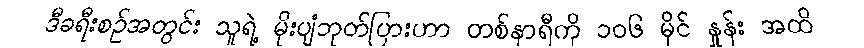
ဒီခရီးစဉ်အတွင်း သူရဲ့ မိုးပျံဘုတ်ပြားဟာ တစ်နာရီကို ၁၀၆ မိုင် နှုန်း အထိ